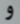
و